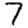
Digit: 7